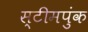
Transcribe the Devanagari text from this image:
स्टीमपुंक